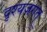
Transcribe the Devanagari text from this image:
दृश्यजगत्‌